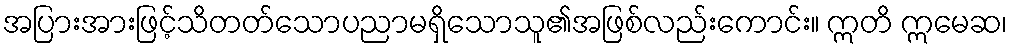
အပြားအားဖြင့်သိတတ်သောပညာမရှိသောသူ၏အဖြစ်လည်းကောင်း။ ဣတိ ဣမေဆ၊